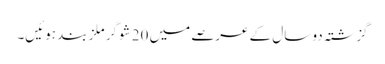
گزشتہ دو سال کے عرصے میں 20 شوگر ملز بند ہوئیں۔